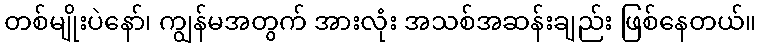
တစ်မျိုးပဲနော်၊ ကျွန်မအတွက် အားလုံး အသစ်အဆန်းချည်း ဖြစ်နေတယ်။